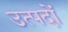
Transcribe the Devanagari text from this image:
उत्पदों